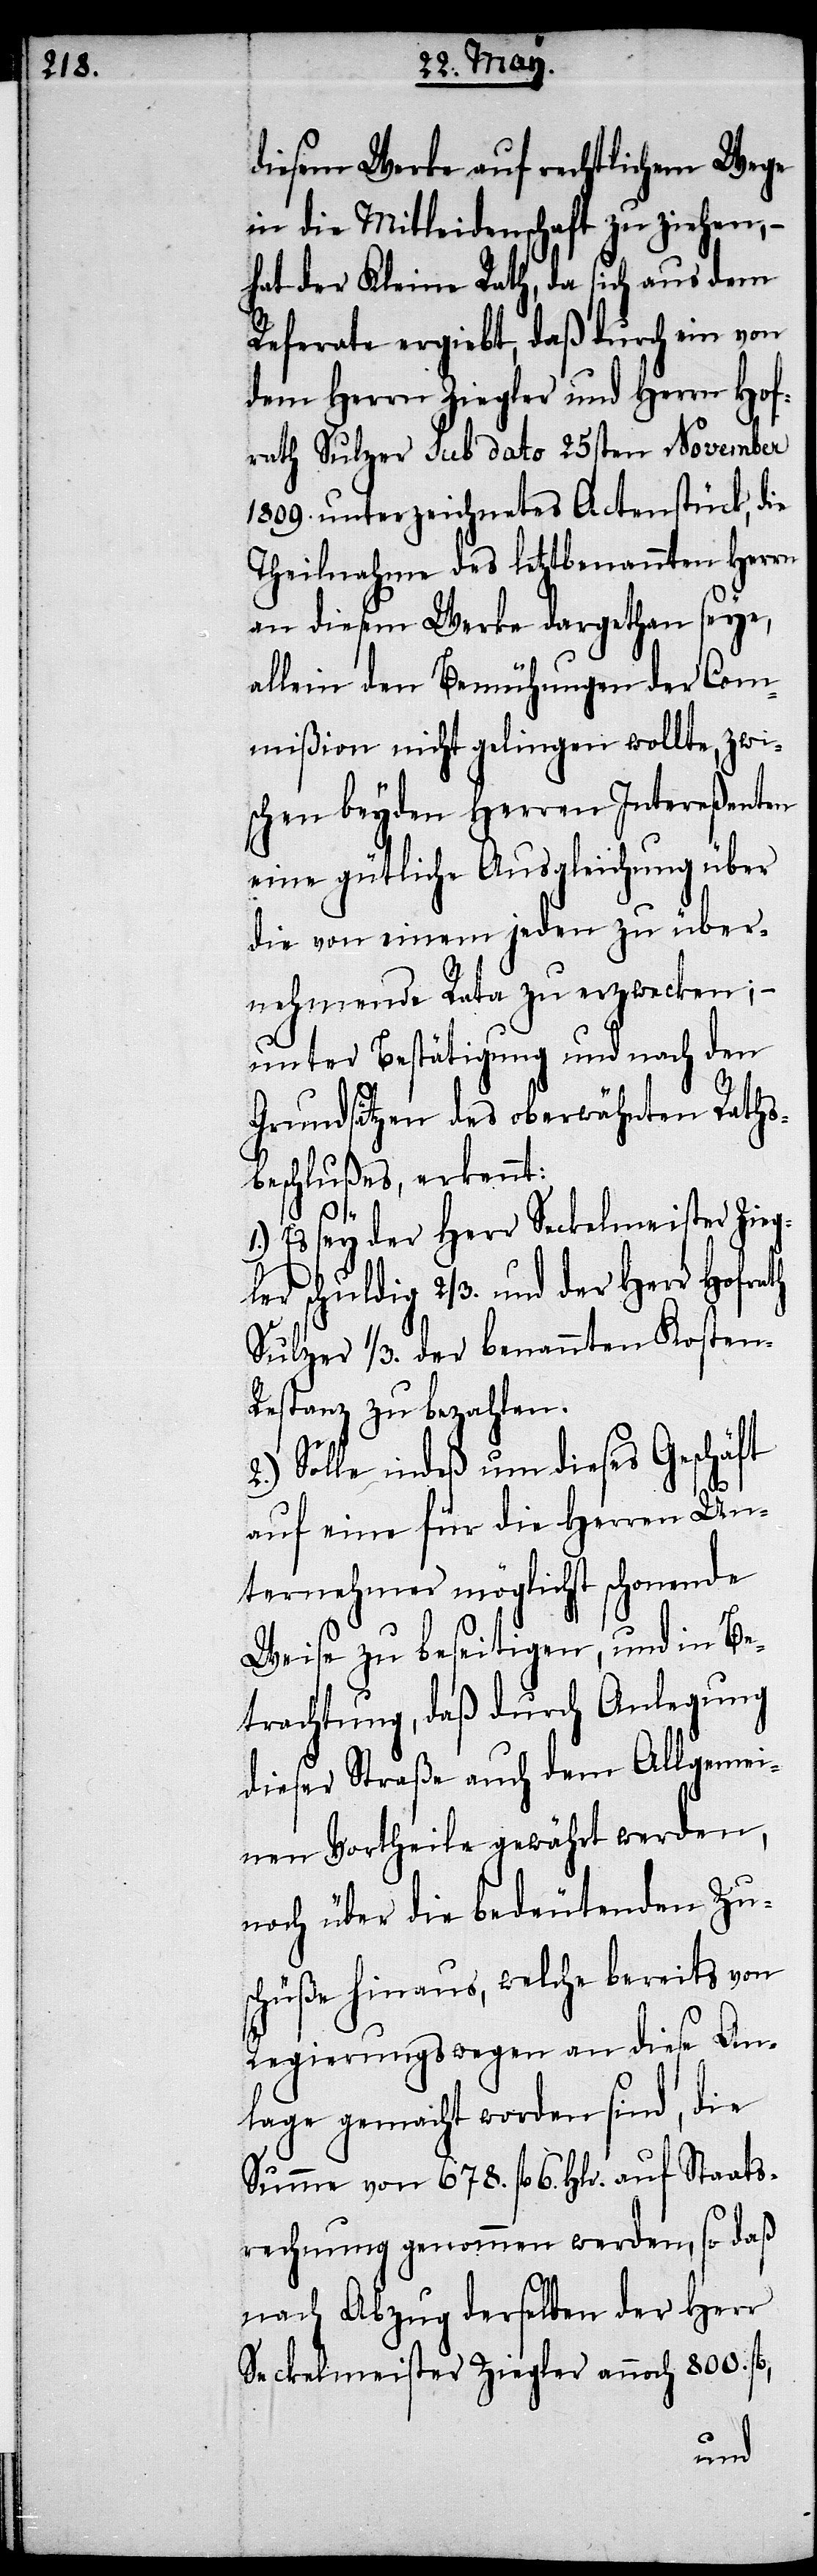
diesem Werke auf rechtlichem Wege
in die Mitleidenschaft zu ziehen,
hat der Kleine Rath, da sich aus dem
Referate ergiebt, daß durch ein von
dem Herrn Ziegler und Herrn Hof¬
rath Sulzer sub dato 25sten November
1809. unterzeichnetes Actenstück, die
Theilnahme des letztbenannten Herrn
an diesem Werke dargethan seye,
allein den Bemühungen der Com¬
mißion nicht gelingen wollte, zwi¬
schen beyden Herren Intereßenten
eine gütliche Ausgleichung über
die von einem jeden zu über¬
nehmende Rata zu erzwecken; –
unter Bestätigung und nach den
Grundsätzen des oberwähnten Raths¬
beschlußes, erkennt:
Es sey der Herr Seckelmeister Zieg¬
ler schuldig 2/3. und der Herr Hofrath
Sulzer 1/3. der benannten Kosten-R¬
estanz zu bezahlen.
Solle indeß um dieses Geschäft
auf eine für die Herren Un¬
ternehmer möglichst schonende
Weise zu beseitigen, und in Be¬
trachtung, daß durch Anlegung
dieser Straße auch dem Allgemei¬
nen Vortheile gewährt werden,
noch über die bedeutenden Zus¬
chüße hinaus, welche bereits von
Regierungswegen an diese An¬
lage gemacht worden sind, die
Summe von 678. fl. 6. Hlr. auf Staats¬
rechnung genommen werden, so daß
nach Abzug derselben der Herr
Seckelmeister Ziegler annoch 800. fl.